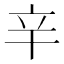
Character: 𨐋